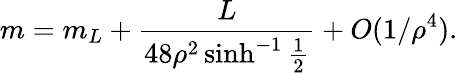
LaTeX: m=m_{L}+{\frac{L}{48\rho^{2}\sinh^{-1}{\frac{1}{2}}}}+O(1/\rho^{4}).